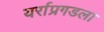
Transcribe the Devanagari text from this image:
यर्राप्रगडला